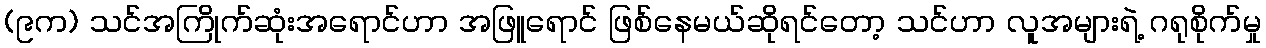
(၉က) သင်အကြိုက်ဆုံးအရောင်ဟာ အဖြူရောင် ဖြစ်နေမယ်ဆိုရင်တော့ သင်ဟာ လူအများရဲ့ ဂရုစိုက်မှု